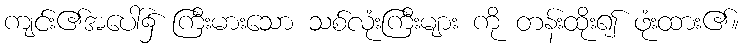
ကျင်း၏အပေါ်၌ ကြီးမားသော သစ်လုံးကြီးများ ကို တန်းထိုး၍ ဖုံးထား၏။